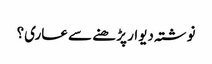
نوشتہ دیوار پڑ ھنے سے عاری؟